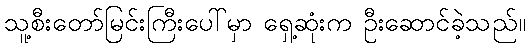
သူ့စီးတော်မြင်းကြီးပေါ်မှာ ရှေ့ဆုံးက ဦးဆောင်ခဲ့သည်။